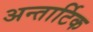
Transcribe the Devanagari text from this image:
अन्तार्टिक